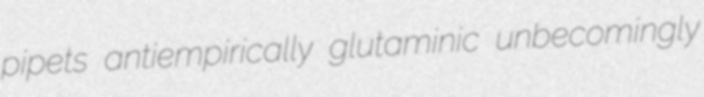
pipets antiempirically glutaminic unbecomingly